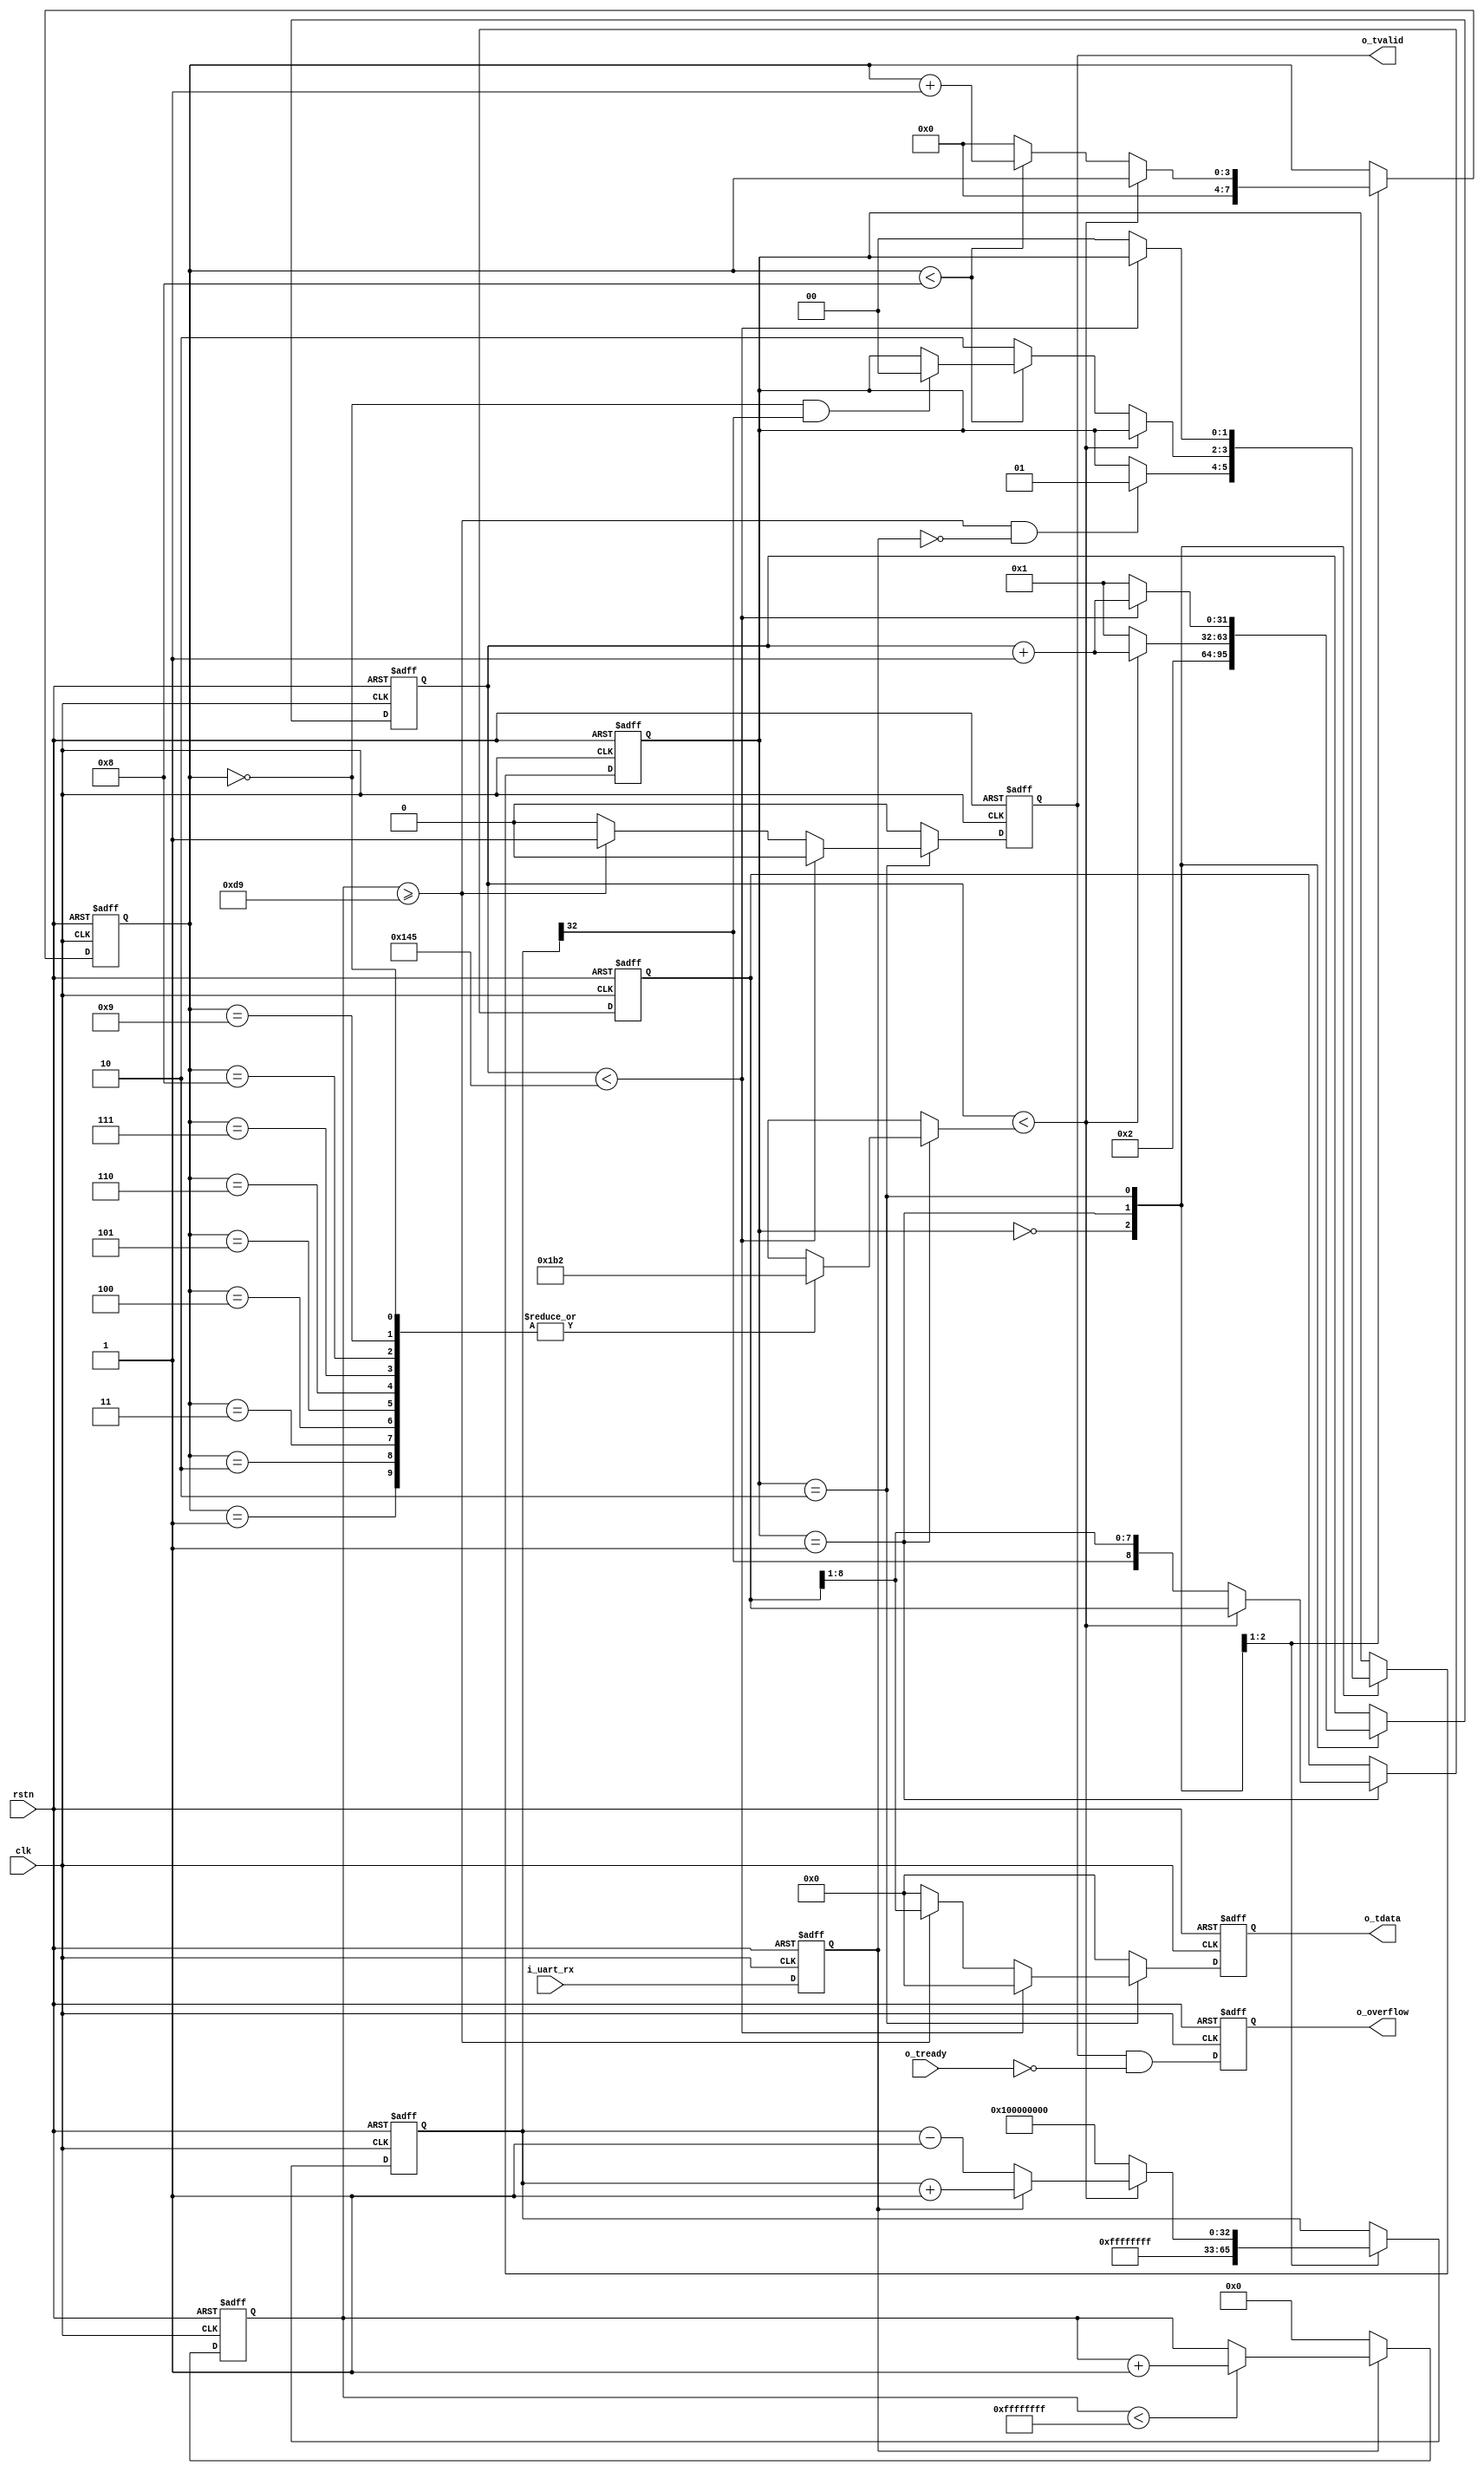
/**
    input: UART input
    output: AXI-Stream (1 vyte data width)
*/

module uart_rx #(
    // clock frequency, unit: Hz
    parameter CLK_FREQ = 50_000_000,

    // UART gormat
    parameter BAUD_RATE = 115200,           // Unit: Hz
    parameter PARITY    = "NONE",           // "NONE", "ODD" or "EVEN"
    
    // RX fifo depth
    parameter FIFO_EA   = 0                 // 0: no fifo   1,2: depth=4    3: depth=8    4: depth=16 ... 10: depth=1024    11: depth=2048 ...
) (
    input   rstn,
    input   clk,

    // UART RX input signal
    input   i_uart_rx,

    // output AXI-Stream master, associated clock = clk
    input           o_tready,       // 't' means "transmisson"
    output reg      o_tvalid,
    output reg [7:0] o_tdata,

    // report whether there's a overflow
    output reg      o_overflow
);

//-----------------------------------------------------
// Generate fractional precise upper limit for counter| 
//-----------------------------------------------------

/*
    Baud RateClock Frequency
    
                            BAUD_CYCLES = CLK_FREQ / BAUD_RATE
    "BAUD_CYCLES" bit
    CLK_FREQ : 1s
    1/BAUD_RATE : 1Baud1bit
    1BaudBAUD_CYCLE
*/

/*
    Rounding Division
        1.1020
        2.
        3.
*/

localparam  BAUD_CYCLES      = ((CLK_FREQ*10*2 + BAUD_RATE) / (BAUD_RATE*2)) / 10;
localparam  BAUD_CYCLES_FRAC = ((CLK_FREQ*10*2 + BAUD_RATE) / (BAUD_RATE*2)) % 10;      // FRAC means fractional

localparam  HALF_BAUD_CYCLES = BAUD_CYCLES / 2;
localparam  THREE_QUARTER_BAUD_CYCLES = (BAUD_CYCLES*3) / 4;

localparam  [9:0] ADDITION_CYCLES = (BAUD_CYCLES_FRAC == 0) ? 10'b0000000000 :
                                    (BAUD_CYCLES_FRAC == 1) ? 10'b0000010000 :
                                    (BAUD_CYCLES_FRAC == 2) ? 10'b0010000100 :
                                    (BAUD_CYCLES_FRAC == 3) ? 10'b0010010010 :
                                    (BAUD_CYCLES_FRAC == 4) ? 10'b0101001010 :
                                    (BAUD_CYCLES_FRAC == 5) ? 10'b0101010101 :
                                    (BAUD_CYCLES_FRAC == 6) ? 10'b1010110101 :
                                    (BAUD_CYCLES_FRAC == 7) ? 10'b1101101101 :
                                    (BAUD_CYCLES_FRAC == 8) ? 10'b1101111011 :
                                  /*(BAUD_CYCLES_FRAC == 9 */ 10'b1111101111 ;

wire [31:0] cycles [9:0];

assign cycles[0] = BAUD_CYCLES + (ADDITION_CYCLES[0] ? 1 : 0); // S
assign cycles[1] = BAUD_CYCLES + (ADDITION_CYCLES[1] ? 1 : 0); // b1
assign cycles[2] = BAUD_CYCLES + (ADDITION_CYCLES[2] ? 1 : 0); // b2
assign cycles[3] = BAUD_CYCLES + (ADDITION_CYCLES[3] ? 1 : 0); // b3
assign cycles[4] = BAUD_CYCLES + (ADDITION_CYCLES[4] ? 1 : 0); // b4
assign cycles[5] = BAUD_CYCLES + (ADDITION_CYCLES[5] ? 1 : 0); // b5
assign cycles[6] = BAUD_CYCLES + (ADDITION_CYCLES[6] ? 1 : 0); // b6
assign cycles[7] = BAUD_CYCLES + (ADDITION_CYCLES[7] ? 1 : 0); // b7
assign cycles[8] = BAUD_CYCLES + (ADDITION_CYCLES[8] ? 1 : 0); // b8
assign cycles[9] = BAUD_CYCLES + (ADDITION_CYCLES[9] ? 1 : 0); // P

//-------------
// Input beat |
//-------------
reg rx_d1 = 1'b0;

always @(posedge clk or negedge rstn)
    if(~rstn)
        rx_d1 <= 1'b0;
    else
        rx_d1 <= i_uart_rx;

//--------------------
// Count continuous 1|
//--------------------
reg [31:0] count1 = 0;

always @(posedge clk or negedge rstn)
    if(~rstn) begin
        count1 <= 0;
    end
    else begin
        if(rx_d1)
            count1 <= (count1 < 'hFFFFFFFF) ? (count1 + 1) : count1;
        else
            count1 <= 0;
    end

//-------------------
//     Main FSM     |
//-------------------
localparam [3:0] TOTAL_BITS_MINUS1 = (PARITY == "ODD" || PARITY == "EVEN") ? 4'd9 : 4'd8; // +

localparam [1:0] S_IDLE     = 2'd0,             // PS: Parameter bit width is usually unnecessary
                 S_RX       = 2'd1,
                 S_STOP_BIT = 2'd2;

reg         [1:0] state    = S_IDLE;
reg         [8:0] rxbits   = 9'd0;                    // 98bit1bit
reg         [3:0] rxcnt    = 4'd0;                    // [0~8/9)UART
reg         [31:0] cycle   = 1;
reg         [32:0] countp  = 33'h1_0000_0000;        // countp >= 0x100000000 means '1' is majority, countp < 0x100000000 means 0' is majority
wire                rxbit  = countp[32];             // countp >= 0x100000000 means corresponds to countp[32] == 1, countp<0x10000000 corresponds to countp[32]==0

wire [7:0] rbyte    = (PARITY == "ODD")  ? rxbits[7:0] :
                      (PARITY == "EVEN") ? rxbits[7:0] :
                    /*(PARITY == "NONE"*/  rxbits[8:1] ; // rxbits = {rbyte, S};

wire parity_correct = (PARITY == "ODD")  ? ((~(^(rbyte))) == rxbits[8]) :
                      (PARITY == "EVEN") ? (  (^(rbyte))  == rxbits[8]) :
                    /*(PARITY == "NONE")*/        1'b1                  ;

always @(posedge clk or negedge rstn)
    if(~rstn) begin
        state <= S_IDLE;
        rxbits <= 9'b0;
        rxcnt <= 4'd0;
        cycle <= 1;                                 // reset counter
        countp <= 33'h1_0000_0000;                  // reset counter
    end else begin
        case (state)
            S_IDLE : begin
                if((count1 >= HALF_BAUD_CYCLES) && (rx_d1 == 1'b0))        // receive a '0' which is followed by continuous '1' for half baud cycles
                    state <= S_RX;
                rxcnt   <= 4'd0;
                cycle   <= 2;                                              // We've already receive a '0', so here cycle = 2
                countp  <= (33'h1_0000_0000 - 33'd1);                      // We've already receive a '0', so here countp = initial_value - 1
            end

            S_RX :
                if(cycle < cycles[rxcnt]) begin
                    cycle <= cycle + 1;
                    countp <= rx_d1 ? (countp + 33'd1) : (countp - 33'd1);
                end else begin
                    cycle <= 1;
                    countp <= 33'h1_0000_0000;

                    if(rxcnt < TOTAL_BITS_MINUS1) begin                 // ifrxcntrxcntbit
                        rxcnt <= rxcnt + 4'd1;
                        if((rxcnt == 4'd0) && (rxbit == 1'b1))          // cycle[0]: S, should get '0', but get '1', error
                            state <= S_IDLE;                            // RX failed, back to S_IDLE
                    end else begin
                        rxcnt <= 4'd0;
                        state <= S_STOP_BIT;
                    end

                    rxbits <= {rxbit, rxbits[8:1]};                     // put current rxbit to MSB of rxbits, and right shift other bits
                end

            S_STOP_BIT :
                if (cycle < THREE_QUARTER_BAUD_CYCLES) begin            // cycle loop from 1 to THREE_QUARTER_BAUD_CYCLES
                    cycle <= cycle + 1;
                end else begin
                    cycle <= 1;                                         // reset counter
                    state <= S_IDLE;                                    // back to S_IDLE
                end
        endcase
    end

//----------------
// RX result byte|
//----------------
reg       f_tvalid = 1'b0;                // f means fifo
reg [7:0] f_tdata = 8'h0;

always @(posedge clk or negedge rstn)
    if(~rstn) begin
        f_tvalid <= 1'b0;
        f_tdata  <= 8'h0;
    end else begin
        f_tvalid <= 1'b0;
        f_tdata  <= 8'h0;
        if(state == S_STOP_BIT) begin
            if(cycle < THREE_QUARTER_BAUD_CYCLES) begin
                // do nothing
            end else begin 
                if ((count1 >= HALF_BAUD_CYCLES) && parity_correct) begin
                    f_tvalid <= 1'b1;              // fifo input valid
                    f_tdata  <= rbyte;             // received a correct byte, output it, NOT include parity.
                end
            end
        end
    end

//---------
// RX fifo|
//---------
wire f_tready;                              // No introduction

generate if (FIFO_EA <= 0) begin            // no RX fifo

    assign f_tready = o_tready;                  // <--------
    always @(*) o_tvalid = f_tvalid;             // -------->
    always @(*) o_tdata  = f_tdata;              // -------->

end else begin

    localparam      EA      = (FIFO_EA <= 2) ? 2 : FIFO_EA;
    reg [7:0] buffer [((1<<EA)-1) : 0];

    localparam [EA:0] A_ZERO = {{EA{1'b0}}, 1'b0};
    localparam [EA:0] A_ONE  = {{EA{1'b0}}, 1'b1};

    reg [EA:0] wptr         = A_ZERO;
    reg [EA:0] wptr_d1      = A_ZERO;
    reg [EA:0] wptr_d2      = A_ZERO;
    reg [EA:0] rptr         = A_ZERO;
    wire [EA:0] rptr_next   = (o_tvalid & o_tready) ? (rptr+A_ONE) : rptr; // 

    assign f_tready = (wptr != {~rptr[EA], rptr[EA-1:0]});                 // fifo not full

    //write pointer
    always @(posedge clk or negedge rstn)
        if(~rstn) begin
            wptr <= A_ZERO;
            wptr_d1 <= A_ZERO;
            wptr_d2 <= A_ZERO;
        end else begin
            if(f_tvalid & f_tready)
                wptr <= wptr + A_ONE;
            // wptrwptrwptrif
            wptr_d1 <= wptr;
            wptr_d2 <= wptr_d1;
        end

    // fifo write
    always @(posedge clk)
        if(f_tvalid & f_tready)
            buffer[wptr[EA-1:0]] <= f_tdata;

    // read pointer
    always @(posedge clk or negedge rstn)
        if(~rstn) begin
            rptr <= A_ZERO;
            o_tvalid <= 1'b0;
        end else begin
            rptr <= rptr_next;
            o_tvalid <= (rptr_next != wptr_d2);     // 
        end

    // fifo read
    always @(posedge clk)
        o_tdata <= buffer[rptr_next[EA-1:0]];       // 

    initial o_tvalid = 1'b0;
    initial o_tdata  = 8'h0;
end endgenerate

//--------------------------
// detect RX fifo overflow |
//--------------------------
initial o_overflow = 1'b0;

always @(posedge clk or negedge rstn)
    if(~rstn)
        o_overflow <= 1'b0;
    else
        o_overflow <= (f_tvalid & (~f_tready));     // fifo fifofifo
endmodule